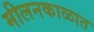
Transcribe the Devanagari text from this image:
मीलनकाळात